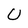
Character: U